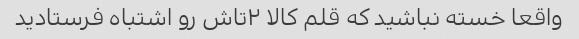
واقعا خسته نباشید که قلم کالا ٢تاش رو اشتباه فرستادید